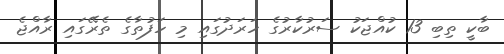
ބާކީ ތިބި 13 ކުއްޖަކު ސަރުކާރުގެ ހަރަދުގައި މި ހަފުތާގެ ތެރޭގައި ރާއްޖެ